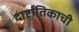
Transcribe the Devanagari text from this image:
दार्ष्टांतिकाची